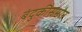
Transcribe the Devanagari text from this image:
बंदुकीसमोर